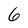
Character: 6